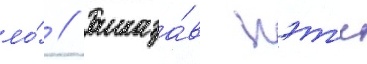
ло́ // Рассказа́в кэт'и